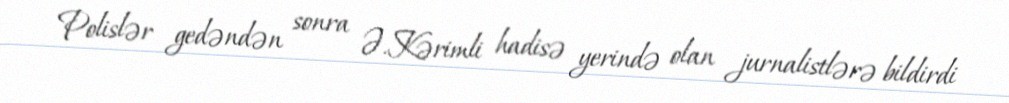
Polislər gedəndən sonra Ə.Kərimli hadisə yerində olan jurnalistlərə bildirdi